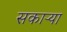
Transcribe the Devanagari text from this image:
सकाऱ्या